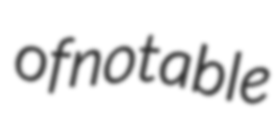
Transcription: of notable